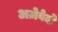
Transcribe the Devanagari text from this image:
अज़ेवेदो